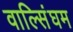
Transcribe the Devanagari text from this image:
वाल्सिंघम